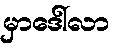
မှာဒေါ်လာ